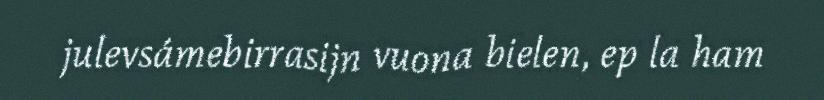
julevsámebirrasijn vuona bielen, ep la ham